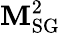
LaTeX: \mathbf{M}_{\mathrm{{SG}}}^{2}